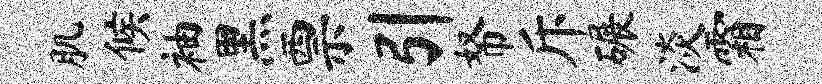
肌候袖黑票引帑斥碾淡霜